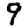
Digit: 9